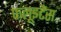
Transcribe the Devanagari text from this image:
फलूइटैंस